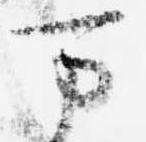
万